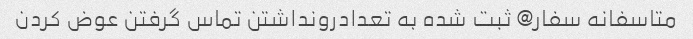
متاسفانه سفار@ ثبت شده به تعدادرونداشتن تماس گرفتن عوض کردن